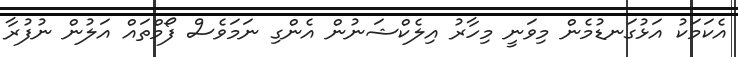
އެކަމަކު އަޅުގަނޑުމެން މިވަނީ މިހާރު އިލެކްޝަނުން އެންގި ނަމަވެސް ފޯމްތައް އަލުން ނުފުރާ